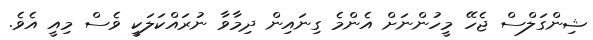
ޝިންގަލްސް ޖެހޭ މީހުންނަށް އެންމެ ގިނައިން ދިމާވާ ނުރައްކަލަކީ ވެސް މިއީ އެވެ.